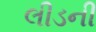
લીડની